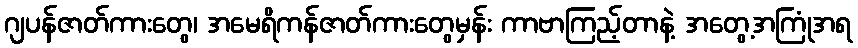
ဂျပန်ဇာတ်ကားတွေ၊ အမေရိကန်ဇာတ်ကားတွေမှန်း ကာဗာကြည့်တာနဲ့ အတွေ့အကြုံအရ